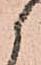
候